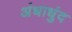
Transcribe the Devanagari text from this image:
अंधाधुंद